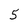
Character: 5